Civil Veterinary Dept. Bombay admin report 1900-1906 - 1900-1906
Year: 1900
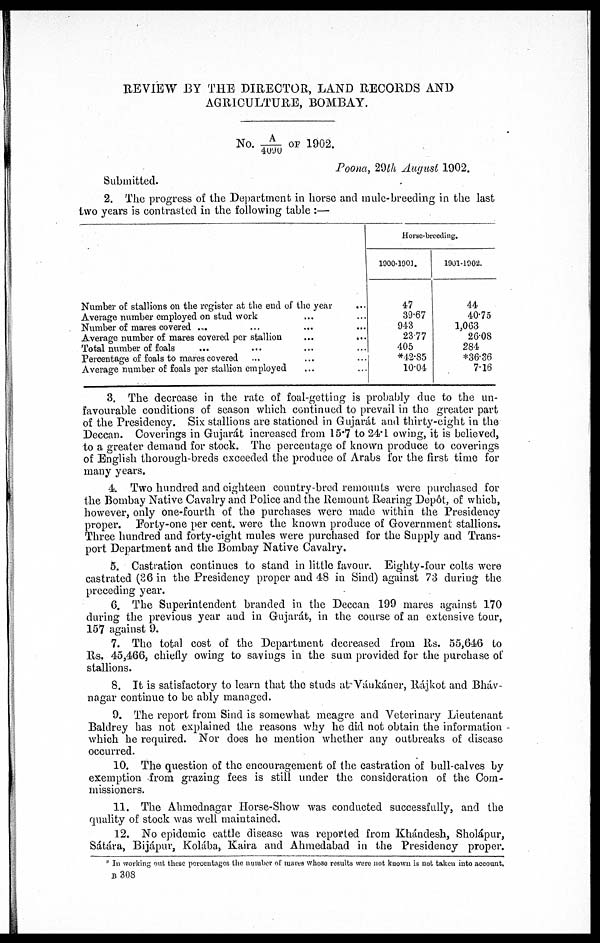
REVIEW BY THE DIRECTOR, LAND RECORDS AND
AGRICULTURE, BOMBAY.
No. A/4090 OF 1902.
Poona, 29th August 1902.
Submitted.
2. The progress of the Department in horse and mule-breeding in the last
two years is contrasted in the following table:—
Number of stallions on the register at the end of the year ...
Average number employed on stud work ... ...
Number of mares covered ... ... ... ...
Average number of mares covered per stallion ... ...
Total number of foals ... ... ... ...
Percentage of foals to mares covered ... ... ...
Average number of foals per stallion employed ... ...
Horse-breeding.
1900-1901.
47
39.67
943
23.77
405
*42.85
10.04
1901-1902.
44
40.75
1,063
26.08
284
*36.36
7.16
3. The decrease in the rate of foal-getting is probably due to the un-
favourable conditions of season which continued to prevail in the greater part
of the Presidency. Six stallions are stationed in Gujarát and thirty-eight in the
Deccan. Coverings in Gujarát increased from 15.7 to 24.1 owing, it is believed,
to a greater demand for stock. The percentage of known produce to coverings
of English thorough-breds exceeded the produce of Arabs for the first time for
many years.
4. Two hundred and eighteen country-bred remounts were purchased for
the Bombay Native Cavalry and Police and the Remount Rearing Depôt, of which,
however, only one-fourth of the purchases were made within the Presidency
proper. Forty-one per cent. were the known produce of Government stallions.
Three hundred and forty-eight mules were purchased for the Supply and Trans-
port Department and the Bombay Native Cavalry.
5. Castration continues to stand in little favour. Eighty-four colts were
castrated (26 in the Presidency proper and 48 in Sind) against 73 during the
preceding year.
6. The Superintendent branded in the Deccan 199 mares against 170
during the previous year and in Gujarát, in the course of an extensive tour,
157 against 9.
7. The total cost of the Department decreased from Rs. 55,646 to
Rs. 45,466, chiefly owing to savings in the sum provided for the purchase of
stallions.
8. It is satisfactory to learn that the studs at-Váukáner, Rájkot and Bháv-
nagar continue to be ably managed.
9. The report from Sind is somewhat meagre and Veterinary Lieutenant
Baldrey has not explained the reasons why he did not obtain the information
which he required. Nor does he mention whether any outbreaks of disease
occurred.
10. The question of the encouragement of the castration of bull-calves by
exemption from grazing fees is still under the consideration of the Com-
missioners.
11. The Ahmednagar Horse-Show was conducted successfully, and the
quality of stock was well maintained.
12. No epidemic cattle disease was reported from Khándesh, Sholápur,
Sátára, Bijápur, Kolába, Kaira and Ahmedabad in the Presidency proper.
* IN working out these percentages the number of mares whose results were not known is not taken into account.
B 308